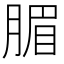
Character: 𣎊